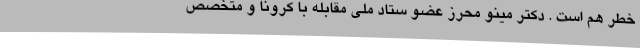
خطر هم است . دکتر مینو محرز عضو ستاد ملی مقابله با کرونا و متخصص